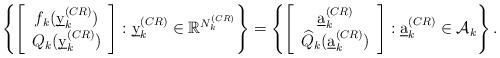
LaTeX: \begin{align*}\left\{ \left[ \begin{array}{c} f_k(\underbar{y}^{(CR)}_k) \\ Q_k(\underbar{y}^{(CR)}_k) \end{array} \right] : \underbar{y}^{(CR)}_k\in \mathbb{R}^{N^{(CR)}_k} \right\} = \left\{ \left[ \begin{array}{c} \underbar{a}^{(CR)}_k \\ \widehat{Q}_k(\underbar{a}^{(CR)}_k) \end{array} \right] : \underbar{a}^{(CR)}_k\in \mathcal{A}_k \right\}. \end{align*}